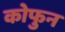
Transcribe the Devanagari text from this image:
कोफुन